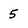
Character: 5